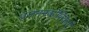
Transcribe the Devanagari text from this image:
प्रजननकोशिकाएँ